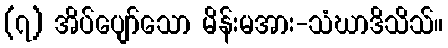
(၇) အိပ်ပျော်သော မိန်းမအား-သံဃာဒိသိသ်။